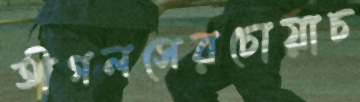
ঈগলসেরচোয়াচ